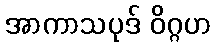
အာကာသပုဒ် ဝိဂ္ဂဟ